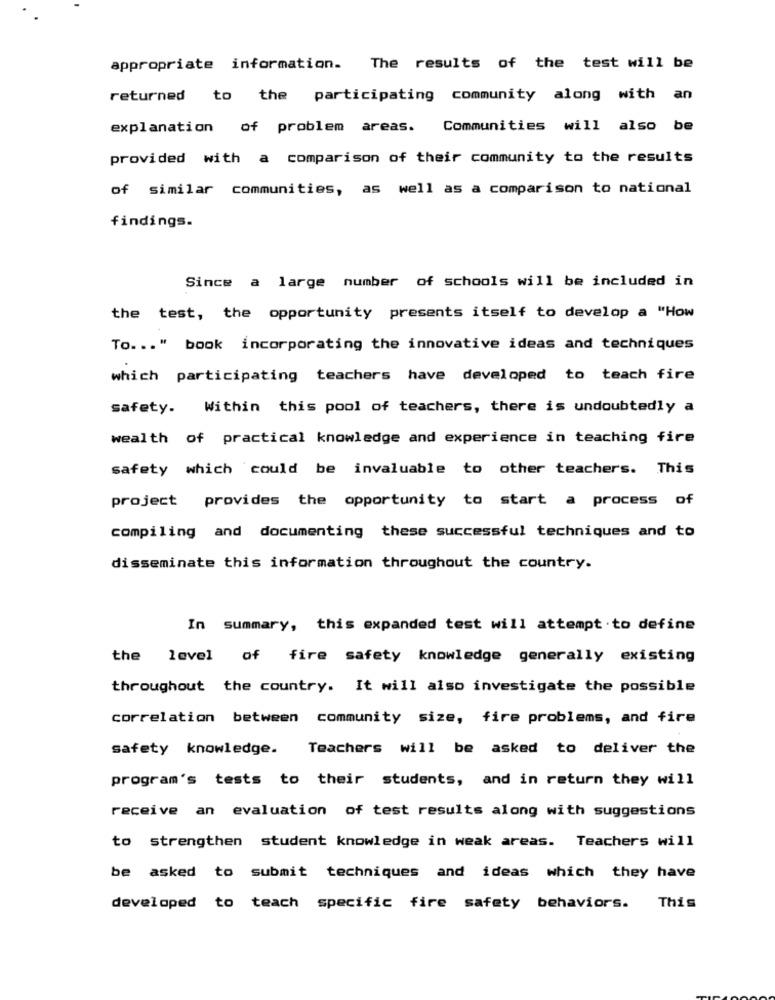
appropriate information. The results of the test will be
returned to the participating community along with an
explanation of problem areas.
Communities will also be
provided with a comparison of their community to the results
of similar communities, as well as a comparison to national
findings.
Since a large number of schools will be included in
the test, the opportunity presents itself to develop a "How
To ... " book incorporating the innovative ideas and techniques
which participating teachers have developed to teach fire
safety. Within this pool of teachers, there is undoubtedly a
wealth of practical knowledge and experience in teaching fire
safety which could be invaluable to other teachers. This
project provides the opportunity to start a process of
compiling and documenting these successful techniques and to
disseminate this information throughout the country.
In summary, this expanded test will attempt .to define
the level of fire safety knowledge generally existing
throughout the country. It will also investigate the possible
correlation between community size, fire problems, and fire
safety knowledge.
Teachers will be asked to deliver the
program's tests to their students, and in return they will
receive an evaluation of test results along with suggestions
to strengthen student knowledge in weak areas. Teachers will
be asked to submit techniques and ideas which they have
developed to teach specific fire safety behaviors.
This